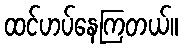
ထင်ဟပ်နေကြတယ်။